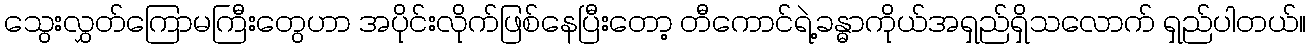
သွေးလွှတ်ကြောမကြီးတွေဟာ အပိုင်းလိုက်ဖြစ်နေပြီးတော့ တီကောင်ရဲ့ခန္ဓာကိုယ်အရှည်ရှိသလောက် ရှည်ပါတယ်။